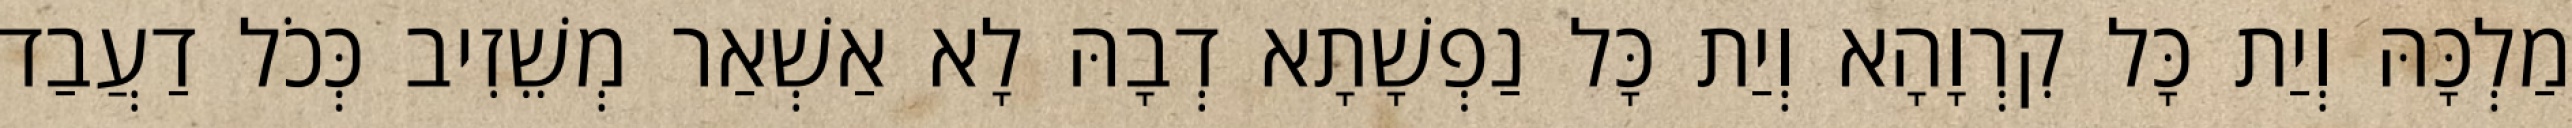
מַלְכָּהּ וְיַת כָּל קִרְוָהָא וְיַת כָּל נַפְשָׁתָא דְבָהּ לָא אַשְׁאַר מְשֵׁזִיב כְּכֹל דַעֲבַד